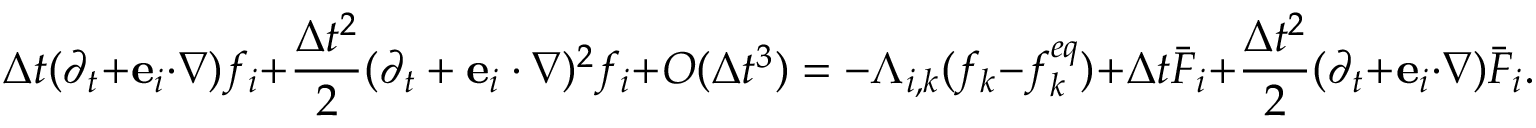
\Delta t ( { \partial _ { t } } + { { \bf { e } } _ { i } } \cdot \nabla ) { f _ { i } } + \frac { { \Delta { t ^ { 2 } } } } { 2 } { ( { \partial _ { t } } + { { \bf { e } } _ { i } } \cdot \nabla ) ^ { 2 } } { f _ { i } } + O ( \Delta { t ^ { 3 } } ) = - { \Lambda _ { i , k } } ( { f _ { k } } - f _ { k } ^ { e q } ) + \Delta t { { \bar { F } } _ { i } } + \frac { { \Delta { t ^ { 2 } } } } { 2 } ( { \partial _ { t } } + { { \bf { e } } _ { i } } \cdot \nabla ) { { \bar { F } } _ { i } } .